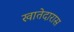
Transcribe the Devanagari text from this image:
खातेदारास